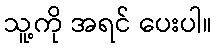
သူ့ကို အရင် ပေးပါ။